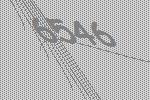
6546